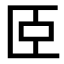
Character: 𦣞